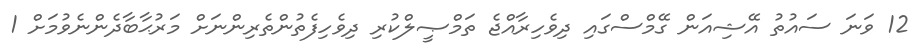
12 ވަނަ ސައުތު އޭޝިއަން ގޭމްސްގައި ދިވެހިރާއްޖެ ތަމްޞީލްކުރި ދިވެހިފެތުންތެރިންނަށް މަރުޙާބާދެންނެވުމަށް 1